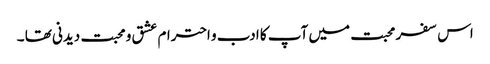
اس سفر محبت میں آپ کا ادب و احترام عشق و محبت دیدنی تھا ۔